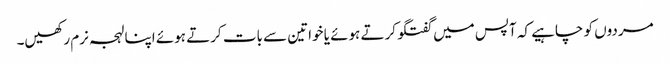
مردوں کو چاہیے کہ آپس میں گفتگو کرتے ہوئے یا خواتین سے بات کرتے ہوئے اپنا لہجہ نرم رکھیں۔